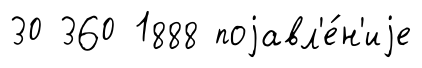
30 360 1888 поjавл'е́н'иjе